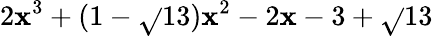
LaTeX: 2\mathbf{x}^{3}+(1-\sqrt{}{{13}})\mathbf{x}^{2}-2\mathbf{x}-3+\sqrt{}{{13}}